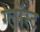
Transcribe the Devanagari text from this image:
ग्लॉस्ट